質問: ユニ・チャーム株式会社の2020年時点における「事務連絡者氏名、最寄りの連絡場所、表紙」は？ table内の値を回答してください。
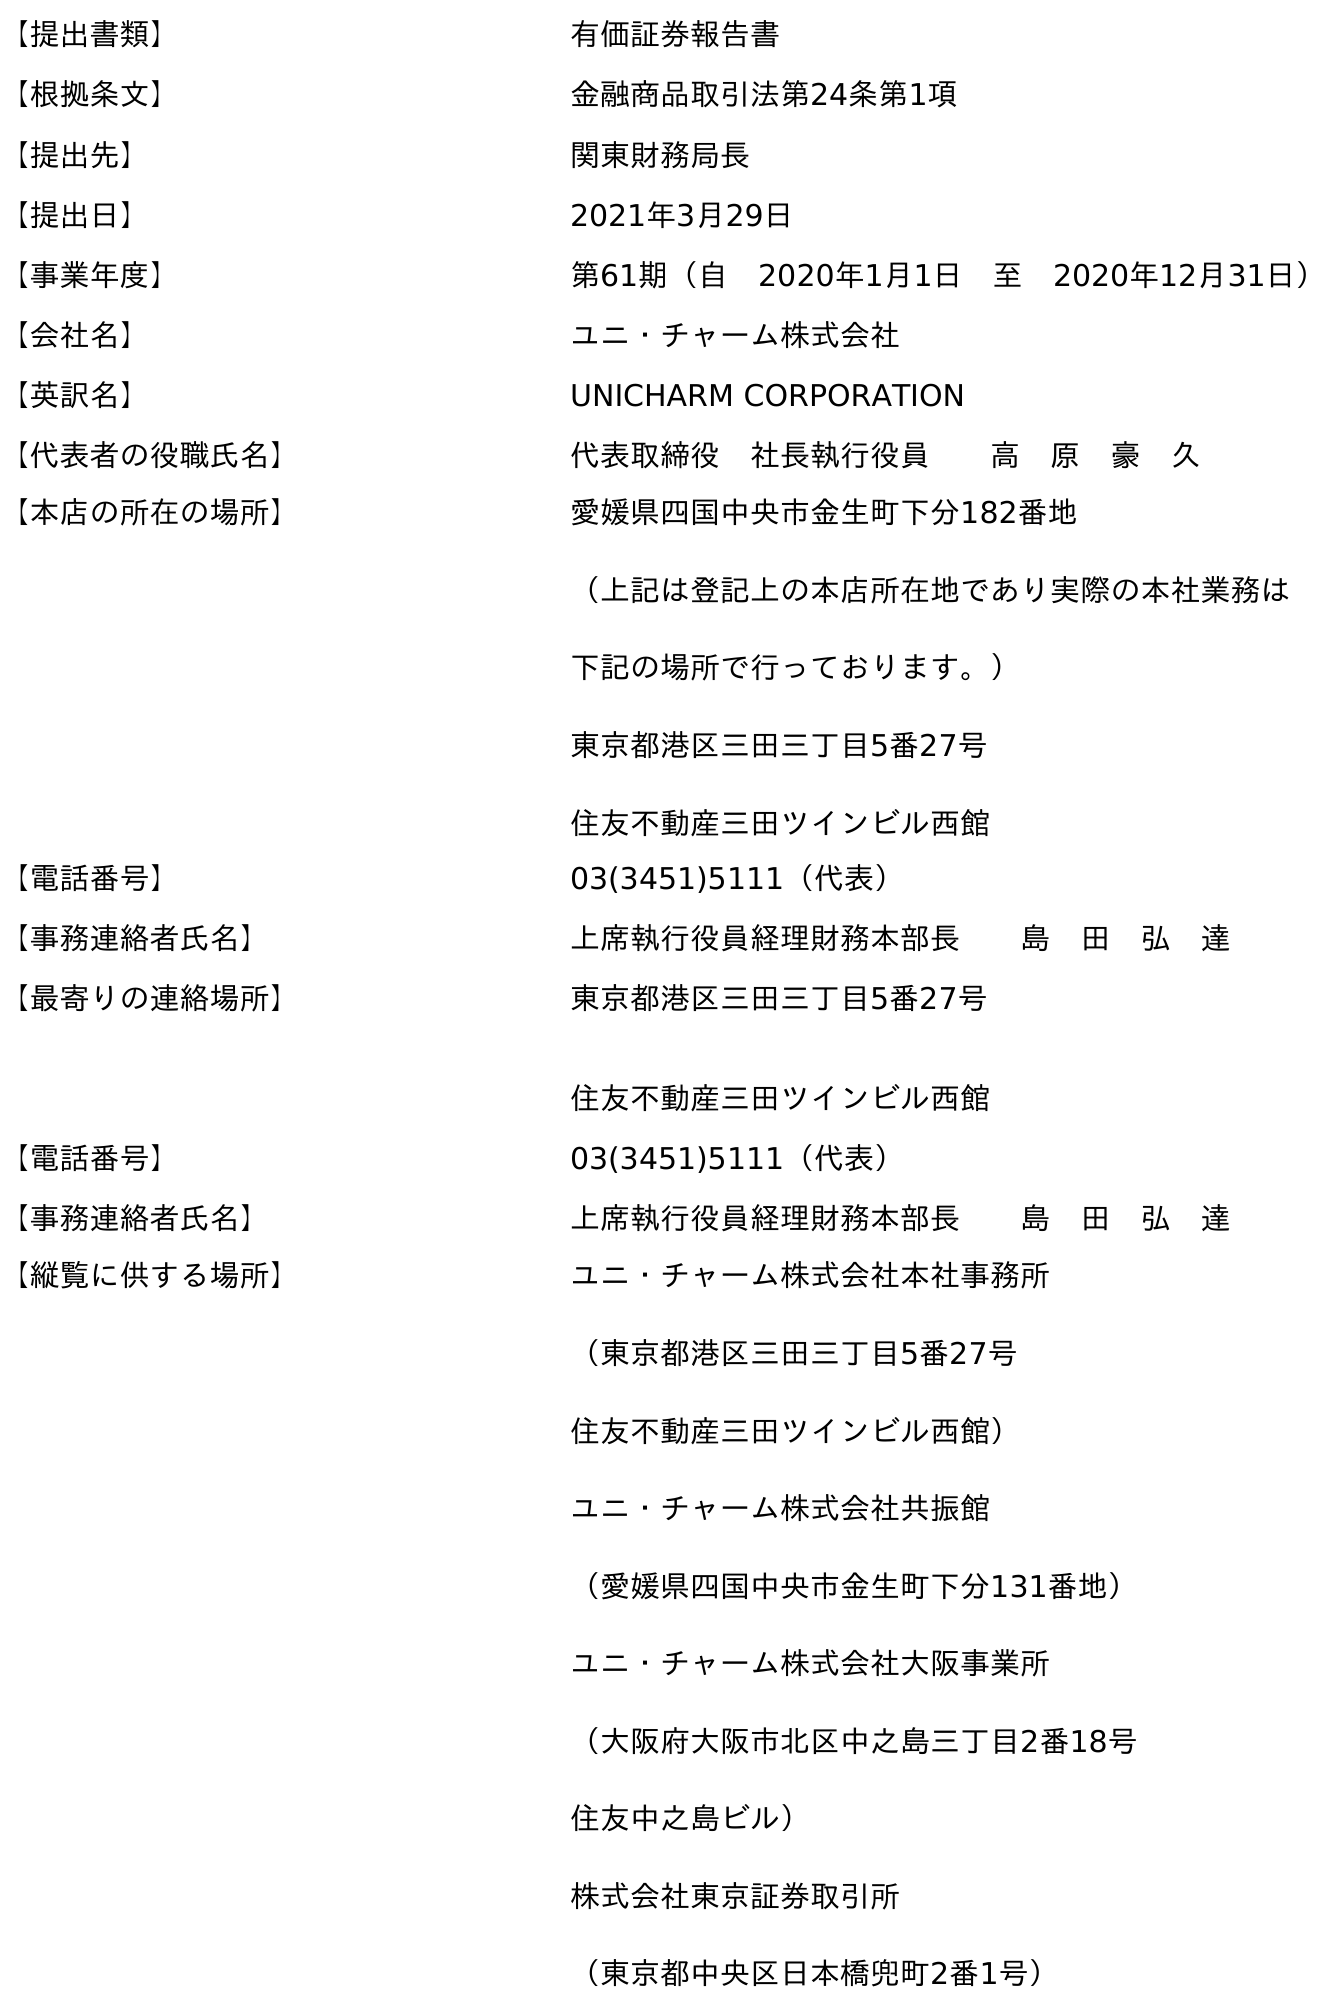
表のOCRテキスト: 【提出書類】 有価証券報告書 【根拠条文】 金融商品取引法第24条第1項 【提出先】 関東財務局長 【提出日】 2021年3月29日 【事業年度】 第61期（自 2020年1月1日 至 2020年12月31日） 【会社名】 ユニ・チャーム株式会社 【英訳名】 UNICHARM CORPORATION 【代表者の役職氏名】 代表取締役 社長執行役員  高 原 豪 久 【本店の所在の場所】 愛媛県四国中央市金生町下分182番地 （上記は登記上の本店所在地であり実際の本社業務は 下記の場所で行っております。） 東京都港区三田三丁目5番27号 住友不動産三田ツインビル西館 【電話番号】 03(3451)5111（代表） 【事務連絡者氏名】 上席執行役員経理財務本部長  島 田 弘 達 【最寄りの連絡場所】 東京都港区三田三丁目5番27号 住友不動産三田ツインビル西館 【電話番号】 03(3451)5111（代表） 【事務連絡者氏名】 上席執行役員経理財務本部長  島 田 弘 達 【縦覧に供する場所】 ユニ・チャーム株式会社本社事務所 （東京都港区三田三丁目5番27号 住友不動産三田ツインビル西館） ユニ・チャーム株式会社共振館 （愛媛県四国中央市金生町下分131番地） ユニ・チャーム株式会社大阪事業所 （大阪府大阪市北区中之島三丁目2番18号 住友中之島ビル） 株式会社東京証券取引所 （東京都中央区日本橋兜町2番1号）
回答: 上席執行役員経理財務本部長島　田　弘　達